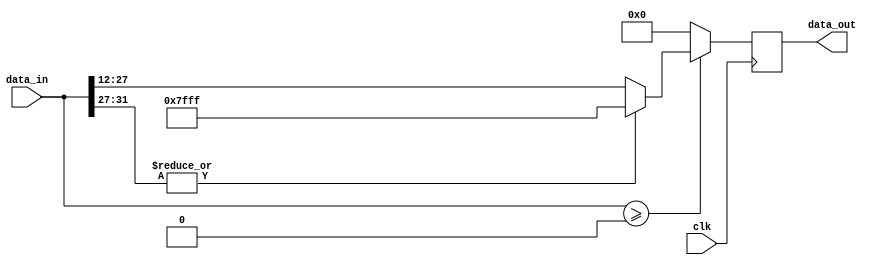
module relu
#(
    parameter       DATA_WIDTH       = 16 ,
                    WEIGHT_INT_WIDTH = 4  
)
(
    input                               clk       ,
    input       [2*DATA_WIDTH-1:0]      data_in   ,
    output  reg [DATA_WIDTH-1:0]        data_out  
);

always @(posedge clk)
begin       // data_in  1 bit     
    if($signed(data_in) >= 0)
    begin   
        if(|data_in[2*DATA_WIDTH-1-:WEIGHT_INT_WIDTH+1])   //  1
            data_out <= {1'b0,{(DATA_WIDTH-1){1'b1}}};  
        else    // 
            data_out <= data_in[2*DATA_WIDTH-1-WEIGHT_INT_WIDTH-:DATA_WIDTH];
    end
    else 
        data_out <= 0;      
end


endmodule